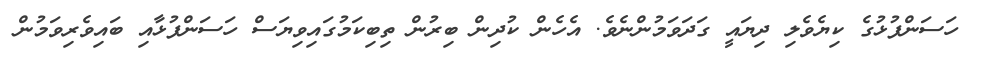
ހަސަންފުޅުގެ ކިޔެވެލި ދިޔައީ ގަދަވަމުންނެވެ. އެހެން ކުދިން ބިރުން ތިބިކަމުގައިވިޔަސް ހަސަންފުޅާއި ބައިވެރިވަމުން